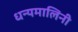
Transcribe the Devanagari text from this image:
धन्यमालिनी